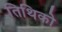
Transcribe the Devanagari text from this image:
तिथिको